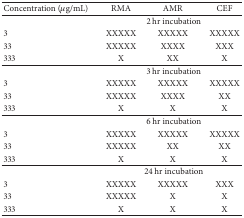
| Concentration (μg/mL) | RMA | AMR | CEF |
 | --- | --- | --- | --- |
 |  | <COLSPAN=3> 2 hr incubation |
 | 3 | XXXXX | XXXXX | XXXXX |
 | 33 | XXXXX | XXXX | XXX |
 | 333 | X | XX | X |
 |  | <COLSPAN=3> 3 hr incubation |
 | 3 | XXXXX | XXXXX | XXXXX |
 | 33 | XXXXX | XXXX | XX |
 | 333 | X | X | X |
 |  | <COLSPAN=3> 6 hr incubation |
 | 3 | XXXXX | XXXXX | XXXXX |
 | 33 | XXXXX | XX | XX |
 | 333 | X | X | X |
 |  | <COLSPAN=3> 24 hr incubation |
 | 3 | XXXXX | XXXXX | XXX |
 | 33 | XXXXX | X | X |
 | 333 | X | X | X |